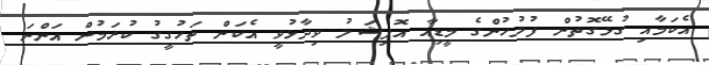
އެކަމާއި ގުޅޭގޮތުން ފުލުހުންގެ މީޑިއާ އޮފިޝަލު ވިދާޅުވީ އެކަން ތަހުގީގު ކުރަމުން އަންނަ